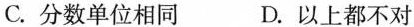
C.分数单位相同 D.以上都不对